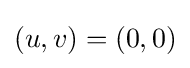
(u,v)=(0,0)